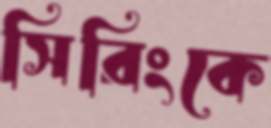
সিরিংকে